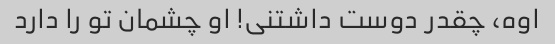
اوه، چقدر دوست داشتنی! او چشمان تو را دارد